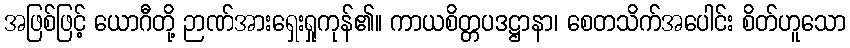
အဖြစ်ဖြင့် ယောဂီတို့ ဉာဏ်အားရှေးရှုကုန်၏။ ကာယစိတ္တပဒဋ္ဌာနာ၊ စေတသိက်အပေါင်း စိတ်ဟူသော